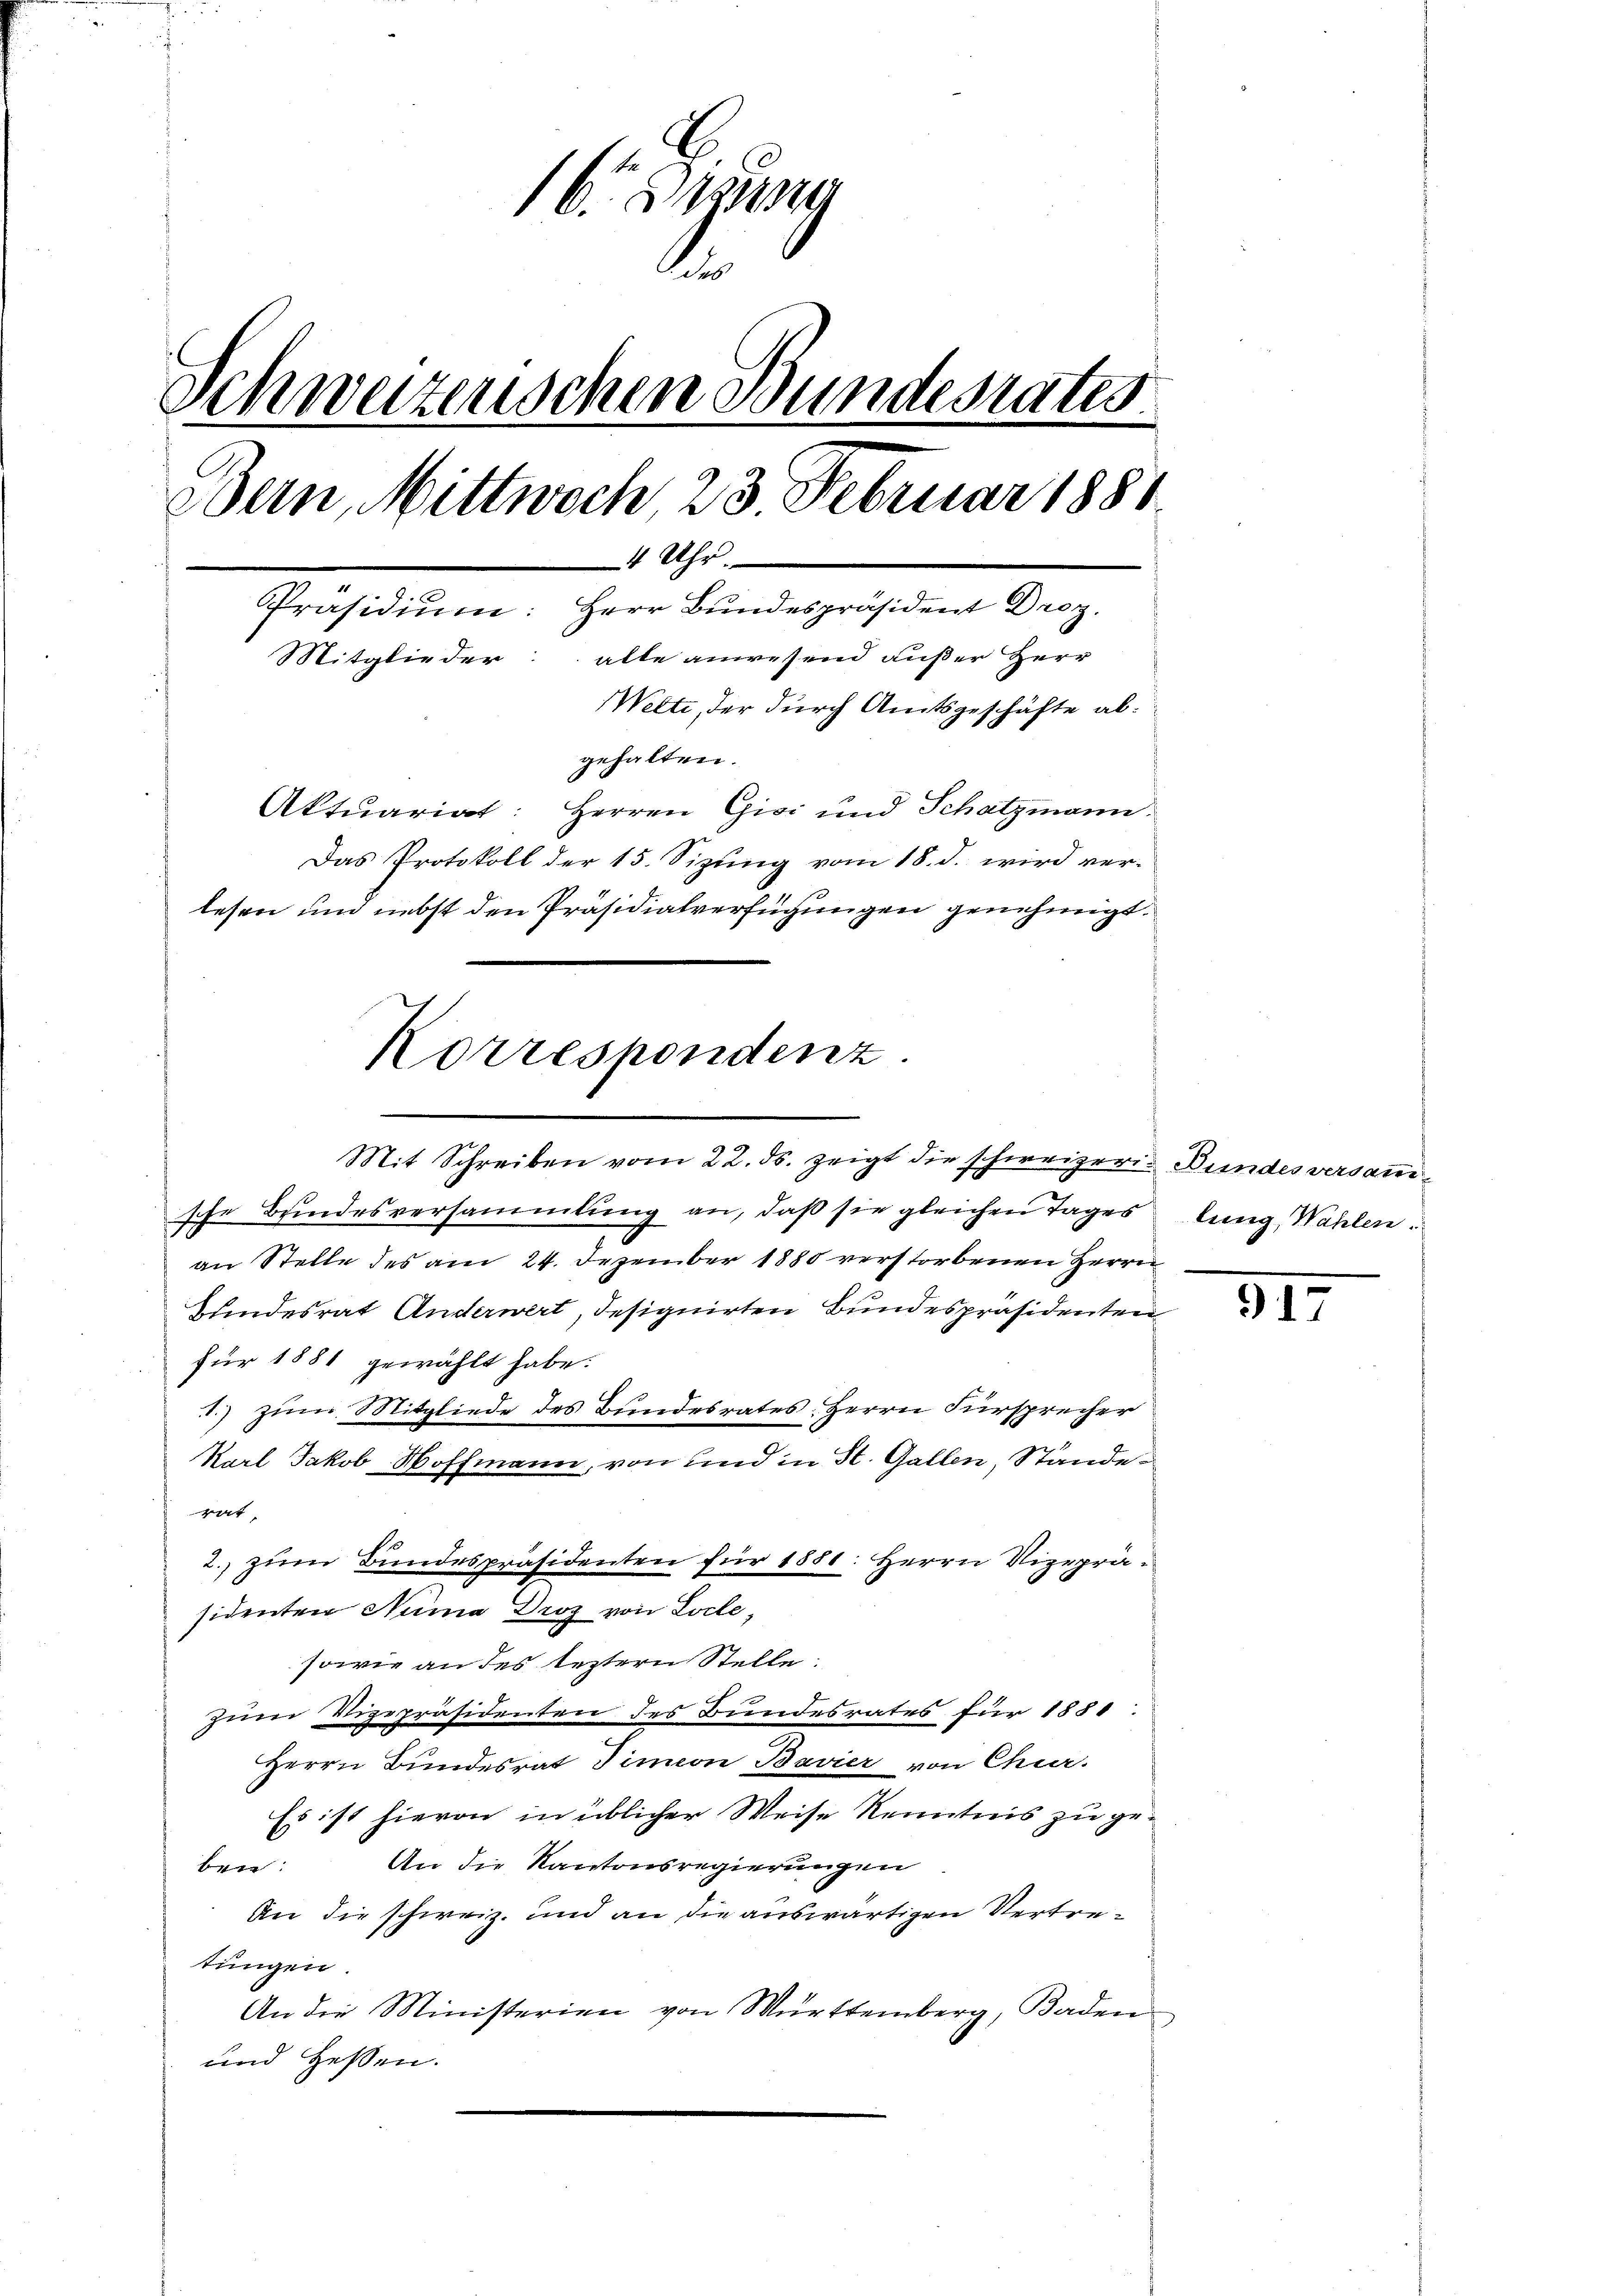
16. Dana
.
Schweizerischen Bundesrates
Bein, Mittwoch 23. Februar 1881
4 Uhr.
Präsidiŭm: Herr Bundespräsident Droz.
Mitglieder: alle anwesend außer Herr
Welti, der durch Amtsgeschäfte abgehalten.
Aktuariat: Herren Gisi und Schatzmann.
Das Protokoll der 15. Sizung vom 18. d. wird ver-
lesen und nebst den Präsidialverfügungen genehmigt.
Korrespondenz.

Mit Schreiben vom 22. ds. zeigt die schweizeris Bundes versammsche Bundesversammlung an, daß sie gleichen Tages
an Stelle des am 24. Dezember 1880 verstorbenen Herrn
Hundesrat Anderwert, designirten Bundespräsidenten
für 1881 gewählt habe:
T.) zum Mitgliede des Bundesrates Herrn Fürsprecher
Karl Jakob Hoffmann, von und in St. Gallen, Stände
rat
2. zum Bundespräsidenten für 1851: Herrn Vizepräsidenten Numa Droz von Loche,
sowie an des leztern Stelle.
zum Vigepräsidenten des Bundesrates für 1881.
Herrn Bundesrat Simeon Bavier von Chir.
Es ist hievon in üblicher Weise Kenntnis zu ge-
An die Kantonsregierungen
ben:
An die schweiz. und an die auswärtigen Vertretungen.
An die Ministerien von Württemberg, Baden
und Hessen.

lung, Wahlen.

917